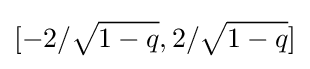
[-2/{\sqrt {1-q}},2/{\sqrt {1-q}}]